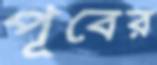
পূবের